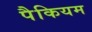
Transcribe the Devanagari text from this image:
पैकियम